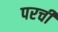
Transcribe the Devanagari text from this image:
परची